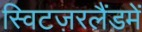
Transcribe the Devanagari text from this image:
स्विटज़रलैंडमें